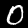
Digit: 0